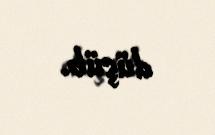
düşüb.